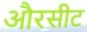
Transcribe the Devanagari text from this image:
औरसीट